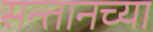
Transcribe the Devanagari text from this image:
सन्तानच्या